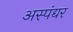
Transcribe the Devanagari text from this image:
अस्पंद्यर